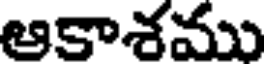
ఆకాశము